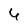
Character: 4